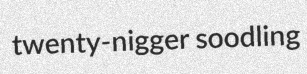
twenty-nigger soodling